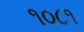
૧૦૮૧